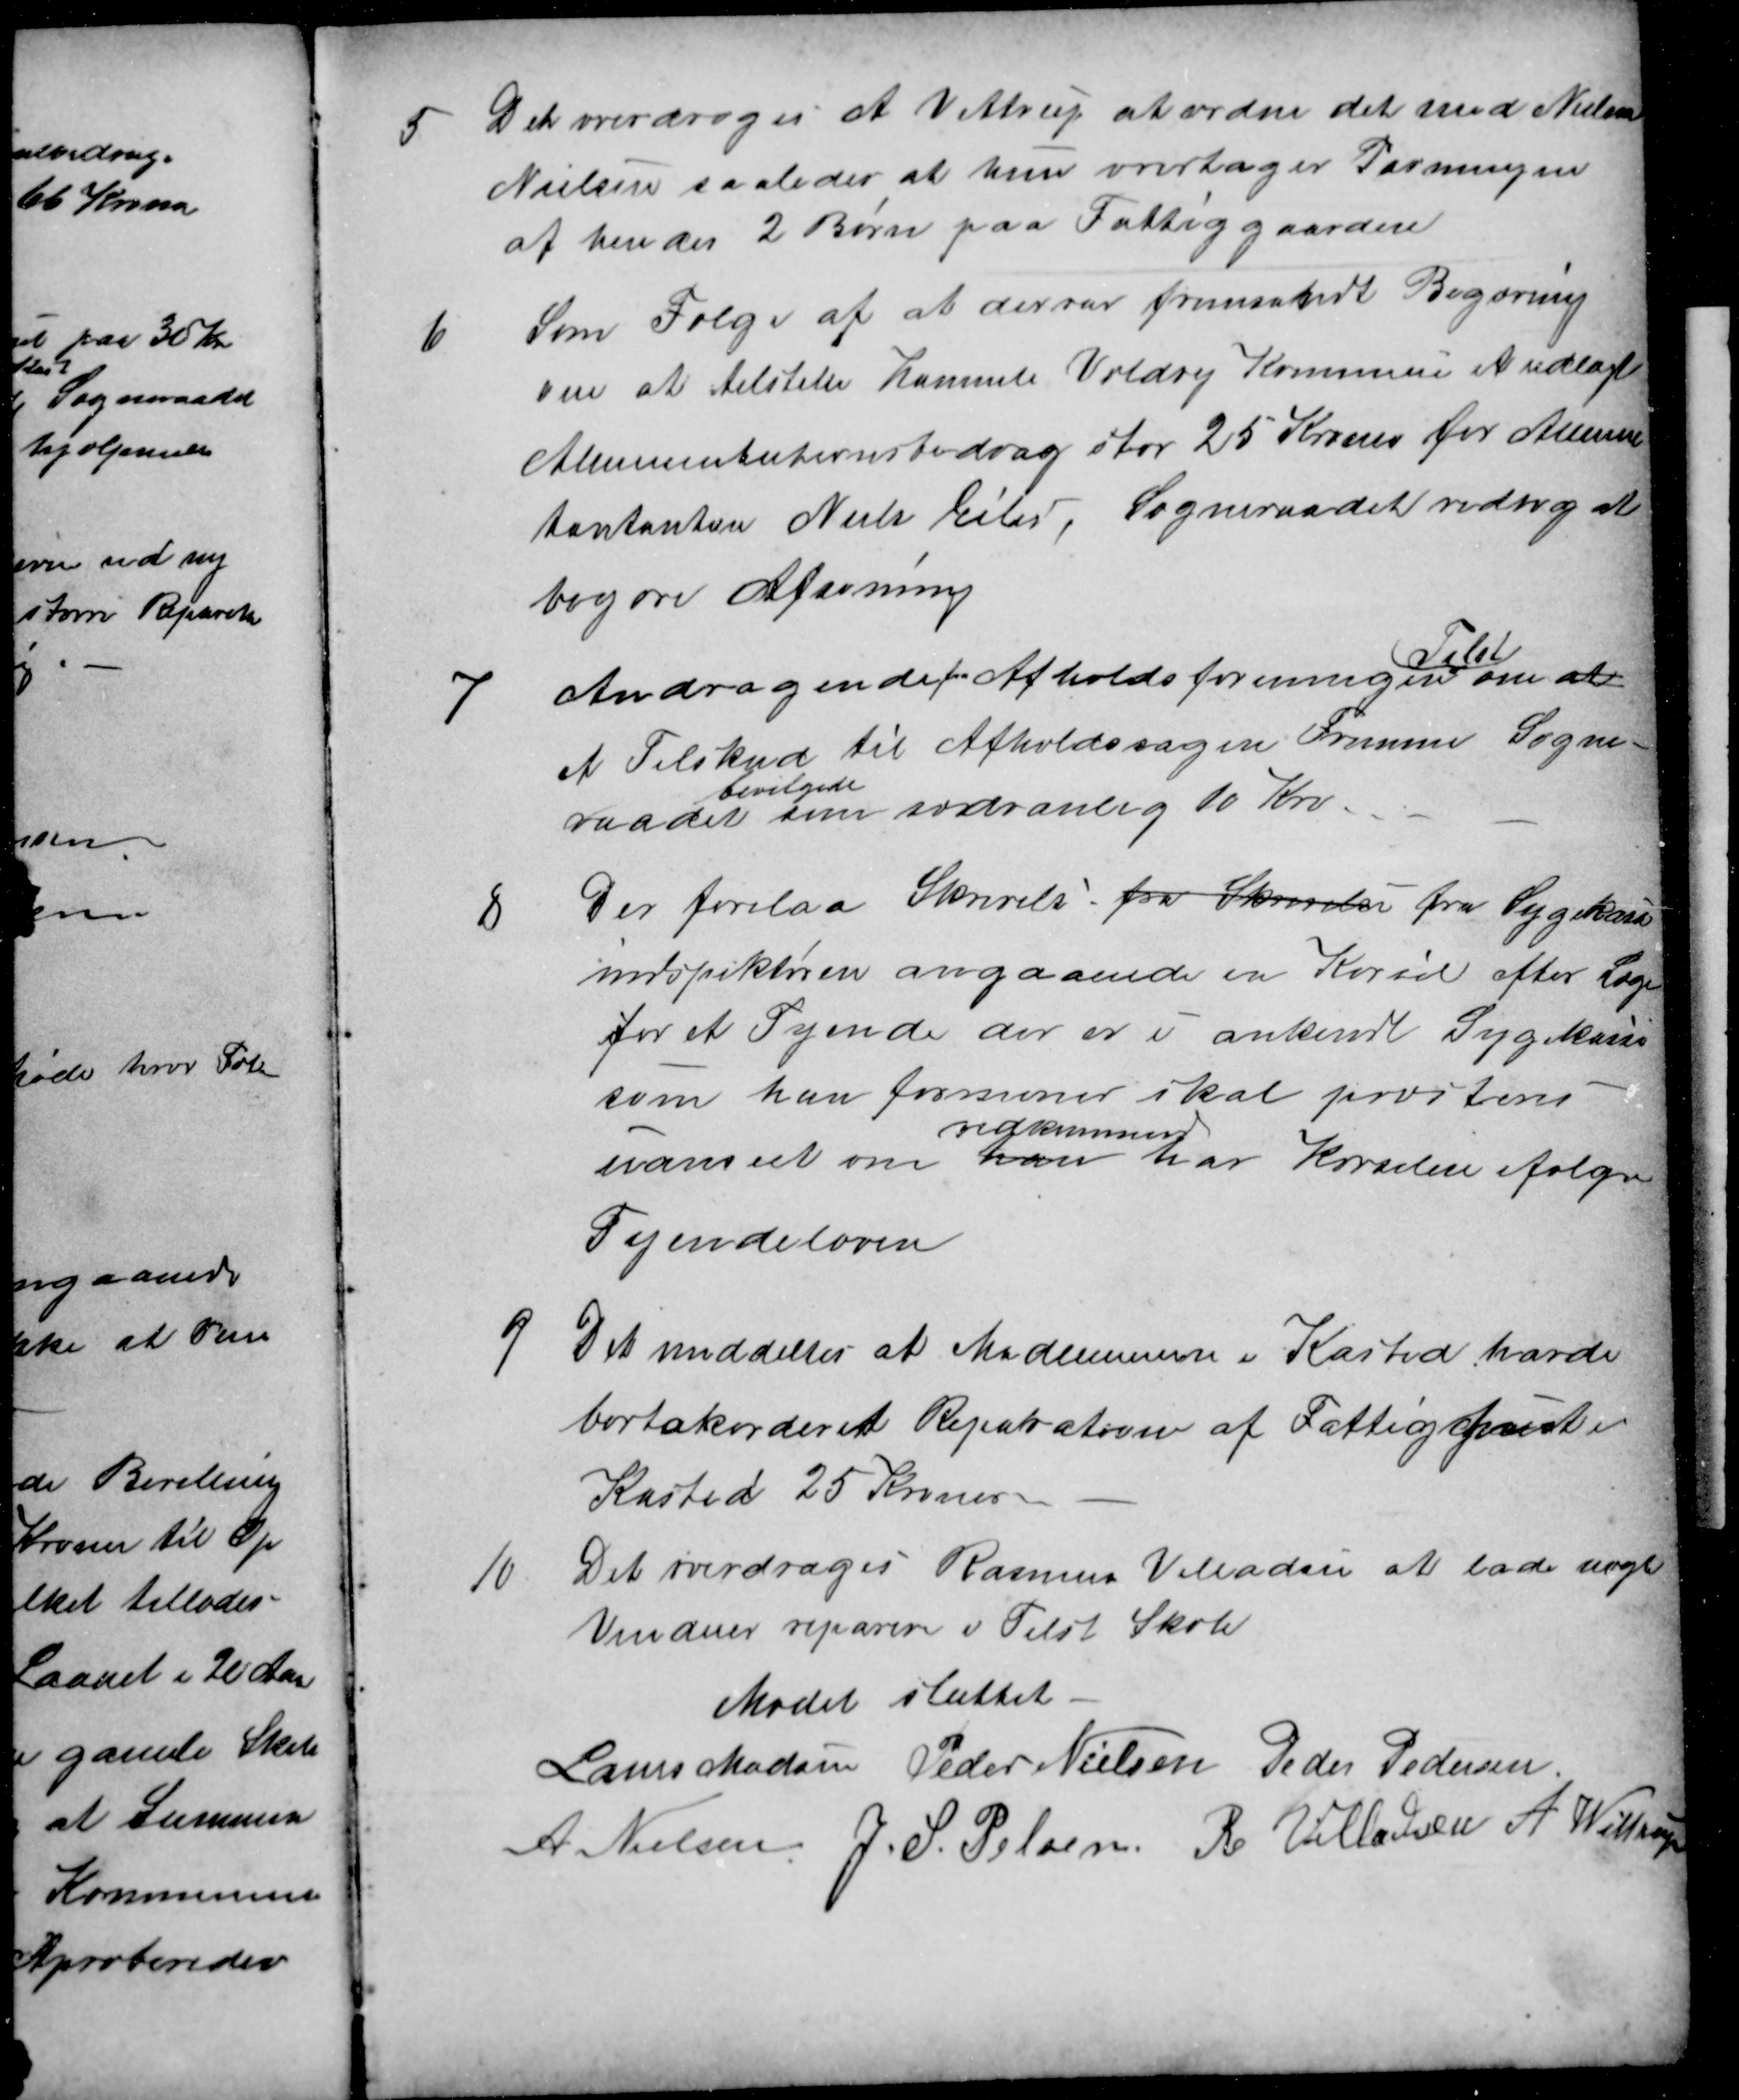
Transskription:
5
Det overdroges A Vittrup at ordne det med Nielsine
Nielsen saaledes at hun overtager Pasningen
at hendes 2 Børn paa Fattiggaarden
6
Som Følge af at der var fremsendt Begæring
om at tilstille Hammel Voldby Kommune et udlagt
Alimentationsbidrag stor 25 Kroner for Alimen-
tantanten Niels Eiler, Sogneraadet vedtog at
begære Afsoning
7
Andragende  fra Afholdsforeningerne
Tilst
om at
et Tilskud til Afholdssagens Fremme Sogne-
raadet
bevilgede
som sædvanlig 10 Kro.
8
Der forelaa Skrivelse fra Skrivelse fra Sygekasse
indspektøren angaaende en Kørsel efter Læge
for et Tyende der er i ankendt Sygekasse
som han formener skal præsteres
uanset om han
vedkommende
har Kørselen ifølge
Tyendeloven
9
Det meddeltes at Medlemmerne i Kasted havde
bortakorderet Reparation af Fattighuset
Kasted 25 Kroner
10
Det overdroges Rasmus Villadsen at lade nogle
Vinduer reparere i Tilst Skole
Mødet sluttet
Laurs Madsen Peder Nielsen Peder Pedersen
A Nielsen J. S. Pelsen R Villadsen A Wittrup